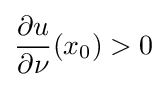
{\frac {\partial u}{\partial \nu }}(x_{0})>0